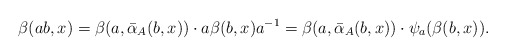
\begin{align*} \beta(ab, x)&=\beta(a, \bar{\alpha}_A(b, x))\cdot a\beta(b, x)a^{-1}=\beta(a, \bar{\alpha}_A(b, x))\cdot \psi_a(\beta(b, x)).\end{align*}